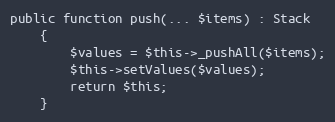
Language: PHP
public function push(... $items) : Stack
    {
        $values = $this->_pushAll($items);
        $this->setValues($values);
        return $this;
    }